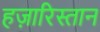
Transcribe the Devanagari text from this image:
हज़ारिस्तान